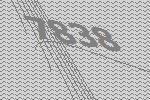
7838